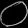
Digit: ၀